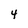
Character: 4